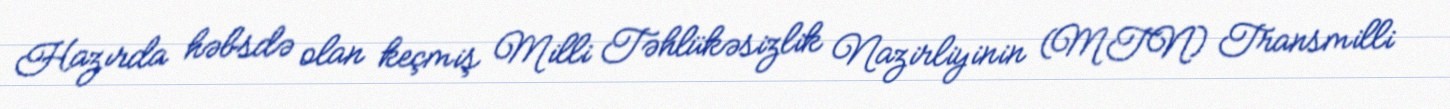
Hazırda həbsdə olan keçmiş Milli Təhlükəsizlik Nazirliyinin (MTN) Transmilli